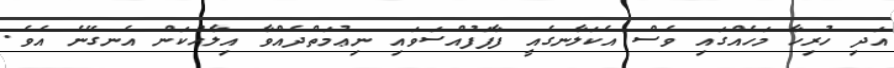
އަދި ހުރިހާ މަހެއްގައި ވެސް އެކަލާނގެއީ ފާފަފުއްސަވައި ނިޢުމަތްދެއްވާ އިލާހުކަން އެނގޭނެ އެވެ.